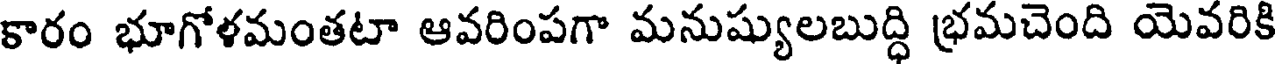
కారం భూగోళమంతటా ఆవరింపగా మనుష్యులబుద్ధి భ్రమచెంది యెవరికి